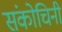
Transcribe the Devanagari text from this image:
संकोचिनी